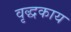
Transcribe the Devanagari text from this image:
वृद्धकाय